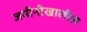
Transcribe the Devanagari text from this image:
जमीनीखालील